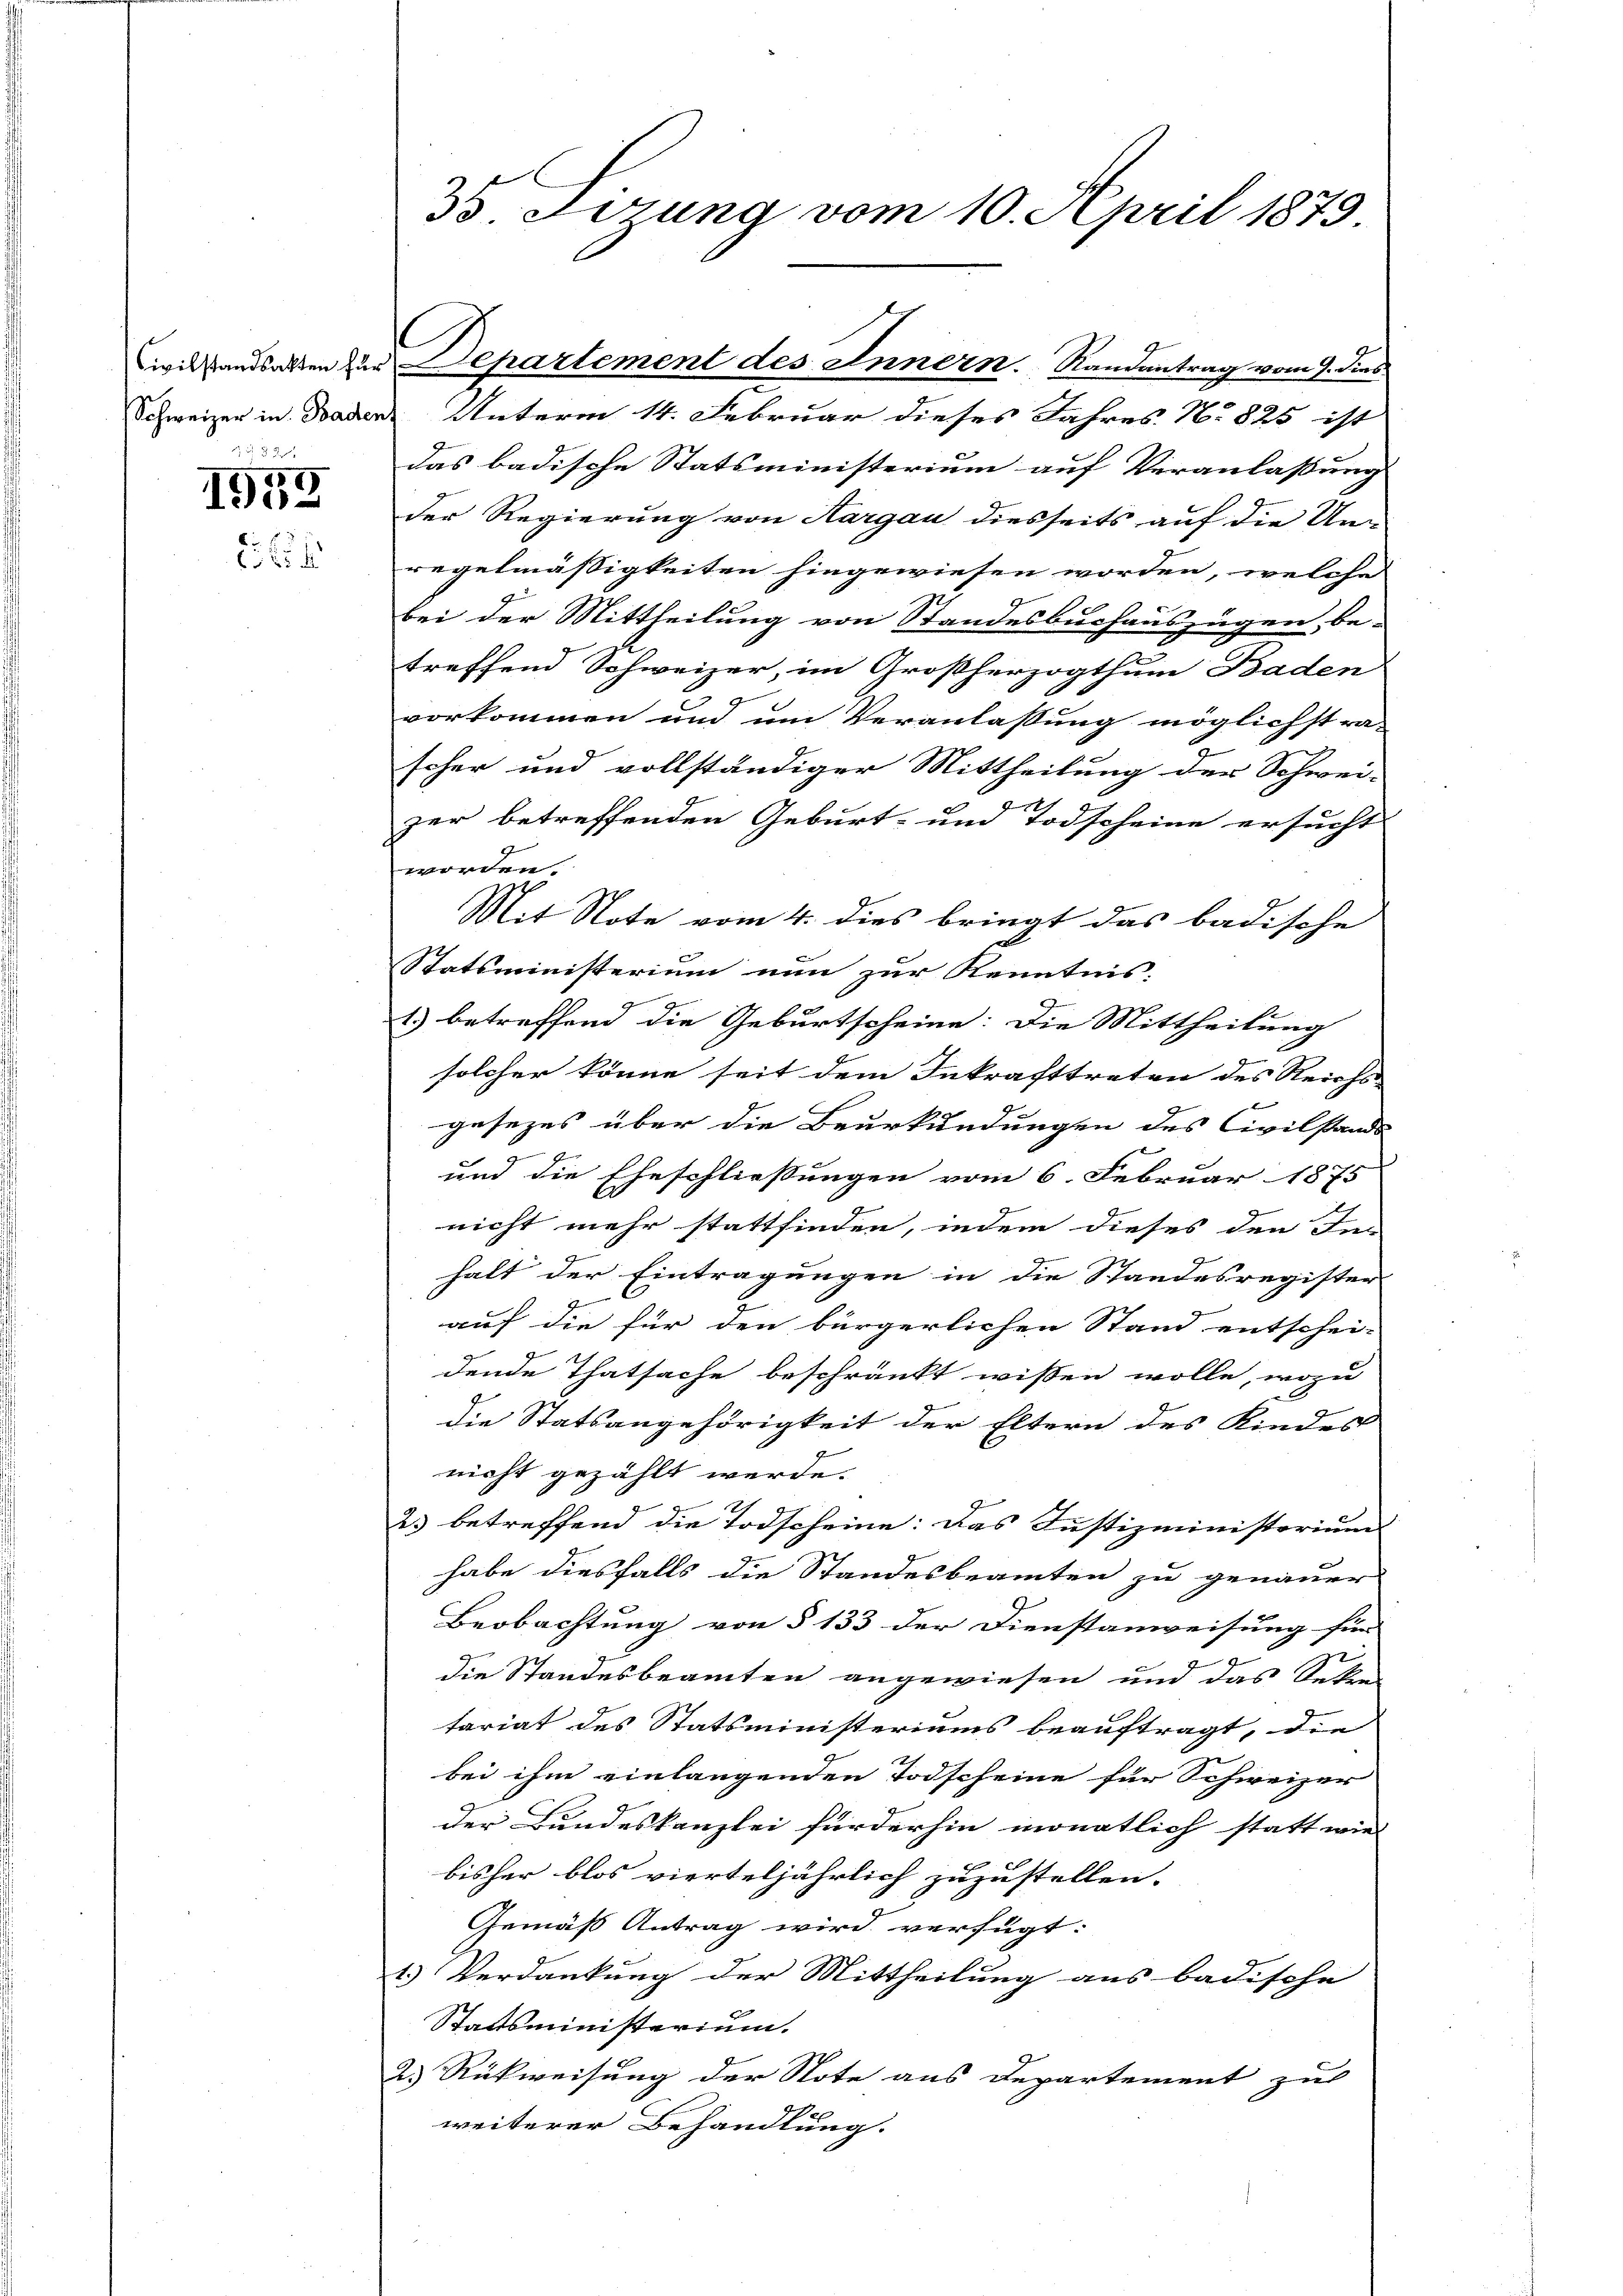
5 d

1955
25

3 Lerung vom 10. April 1873.

Schweizer in Baden Unterm 14. Februar dieses Jahres No 825 ist
das badische Statsministerium auf Veranlassung
der Regierung von Aargau diesseits auf die Un-
regelmäßigkeiten hingewiesen worden, welche
bei der Mittheilung von Standesbuchauszügen, be-
treffend Schweizer, im Großherzogthum Baden
vorkommen und um Veranlassung möglichst ra-
scher und vollständiger Mittheilung der Schwei-
zer betreffenden Geburt- und Todscheine ersucht
worden.
Mit Note vom 4. dies bringt das badische
Statsministerium nun zur Kenntnis.
1) betreffend die Geburtscheine: Die Mittheilung
solcher könne seit dem Inkrafttreten des Reichs-
gesezes über die Beurkundungen des Civilstande
und die Eheschließungen vom 6. Februar 1875
9
nicht mehr stattfinden, indem dieses den Inn
halt der Eintragungen in die Standesregister
auf die für den bürgerlichen Stand entschei-
dende Thatsache beschränkt wissen wolle, wozu
die Statsangehörigkeit der Eltern des Kindes
nicht gezählt werde.
2 betreffend die Todscheine: Das Justizministorium
habe diesfalls die Standesbeamten zu genauer
Beobachtung von § 133 der Dienstanweisung für
7
die Standesbeamten angewiesen und das Seten
tariat des Statsministeriums beauftragt, die
bei ihm einlangenden Todscheine für Schweizer
der Bundeskanzlei fürderhin monatlich statt wie
bisher blos vierteljährlich zuzustellen.
Gemäß Antrag wird verfügt:
1.) Verdankung der Mittheilung aus badische
Staatsministerium.
2.) Rückweisung der Note aus Departement zu
weiterer Behandlung.

C

Civilstandsakten zur Departement des Innern. Randantrag vom 9. dies